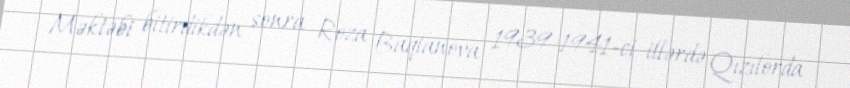
Məktəbi bitirdikdən sonra Roza Baqlanova 1939-1941-ci illərdə Qızılorda